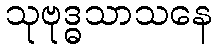
သုဗုဒ္ဓသာသနေ